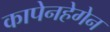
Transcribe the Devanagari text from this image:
कापेनहेगेन